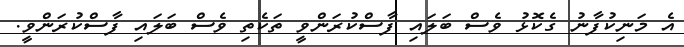
އެ މަނިކުފާނު ގެކޮޅު ވެސް ބަލައި ފާސްކުރަންވީ ތަކެތި ވެސް ބަލައި ފާސްކުރަންވީ.